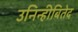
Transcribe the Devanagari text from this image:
उनिन्हीबितेद